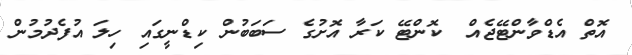
އޮތް އެޑްވާންޓޭޖެއް  ކޮންޓޭ ކަރާ އޮށުގެ ސަބަބުން ކިޑްނީގައި ހިލަ އުފެދުމުން